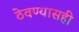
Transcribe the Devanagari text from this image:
ठेवण्यासही